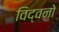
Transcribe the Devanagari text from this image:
विद्वनो